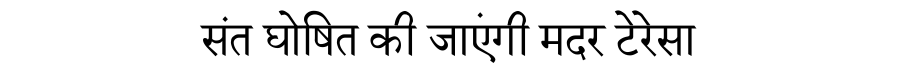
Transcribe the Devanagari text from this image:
संत घोषित की जाएंगी मदर टेरेसा